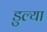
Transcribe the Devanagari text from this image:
डुल्या